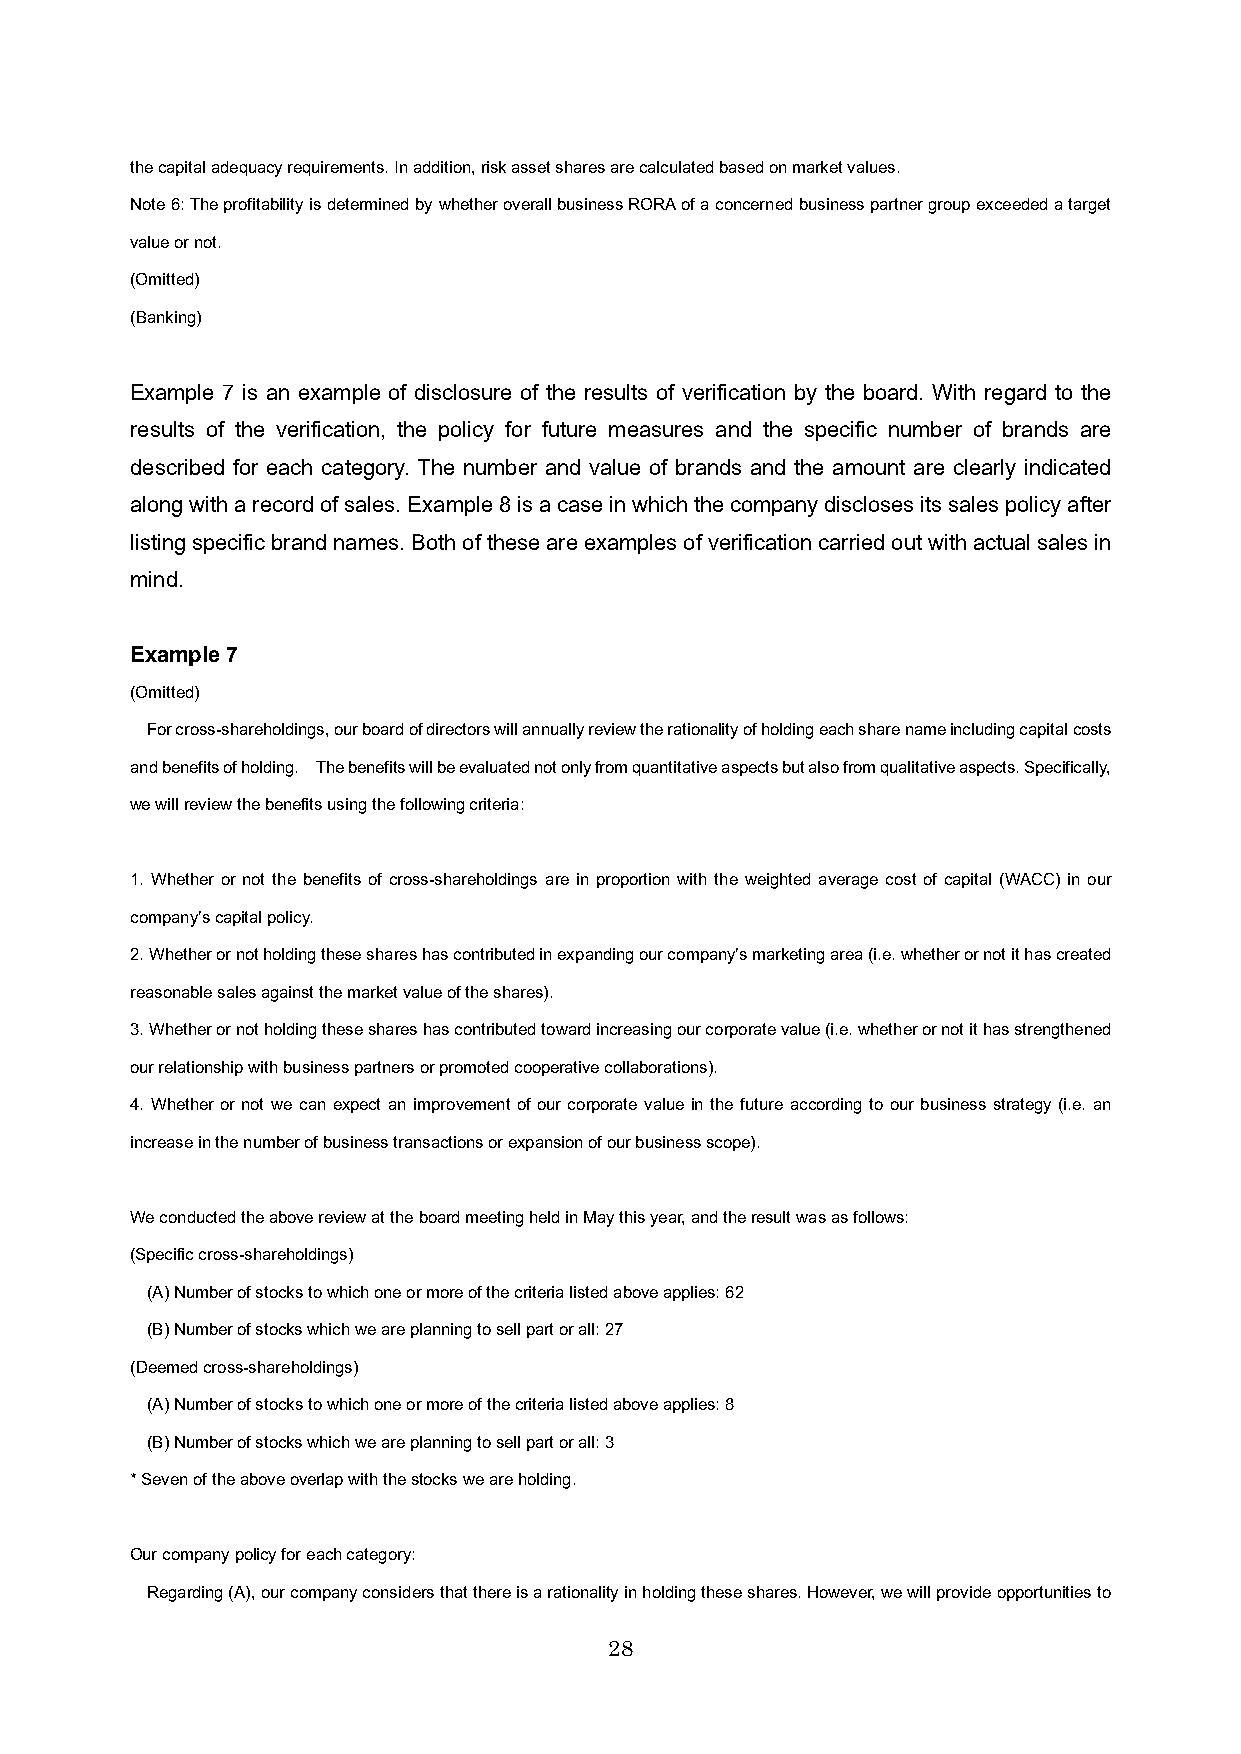
the capital adequacy requirements. In addition, risk asset shares are calculated based on market values.
 Note 6: The profitability is determined by whether overall business RORA of a concerned business partner group exceeded a target
 value or not.
 (Omitted)
 (Banking)
 Example 7 is an example of disclosure of the results of verification by the board. With regard to the
 results of the verification, the policy for future measures and the specific number of brands are
 described for each category. The number and value of brands and the amount are clearly indicated
 along with a record of sales. Example 8 is a case in which the company discloses its sales policy after
 listing specific brand names. Both of these are examples of verification carried out with actual sales in
 mind.
 Example 7
 (Omitted)
 For cross-shareholdings, our board of directors will annually review the rationality of holding each share name including capital costs
 and benefits of holding. The benefits will be evaluated not only from quantitative aspects but also from qualitative aspects. Specifically,
 we will review the benefits using the following criteria:
 1. Whether or not the benefits of cross-shareholdings are in proportion with the weighted average cost of capital (WACC) in our
 companyʼs capital policy.
 2. Whether or not holding these shares has contributed in expanding our companyʼs marketing area (i.e. whether or not it has created
 reasonable sales against the market value of the shares).
 3. Whether or not holding these shares has contributed toward increasing our corporate value (i.e. whether or not it has strengthened
 our relationship with business partners or promoted cooperative collaborations).
 4. Whether or not we can expect an improvement of our corporate value in the future according to our business strategy (i.e. an
 increase in the number of business transactions or expansion of our business scope).
 We conducted the above review at the board meeting held in May this year, and the result was as follows:
 (Specific cross-shareholdings)
 (A) Number of stocks to which one or more of the criteria listed above applies: 62
 (B) Number of stocks which we are planning to sell part or all: 27
 (Deemed cross-shareholdings)
 (A) Number of stocks to which one or more of the criteria listed above applies: 8
 (B) Number of stocks which we are planning to sell part or all: 3
 * Seven of the above overlap with the stocks we are holding.
 Our company policy for each category:
 Regarding (A), our company considers that there is a rationality in holding these shares. However, we will provide opportunities to
 28